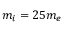
m _ { i } = 2 5 m _ { e }